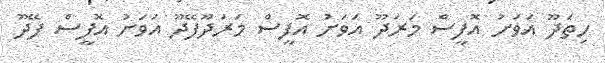
ހިތަދޫ އަވަށު އޮފީސް މަރަދޫ އަވަށު އޮފީސް މަރަދޫފޭދޫ އަވަށު އޮފީސް ފޭދޫ